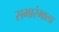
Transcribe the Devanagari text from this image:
सभारंभाला